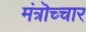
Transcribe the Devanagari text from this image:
मंत्रॊच्चार